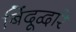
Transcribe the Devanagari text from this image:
बिंदूद्वारे